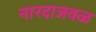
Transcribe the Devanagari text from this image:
नारदाजवळ